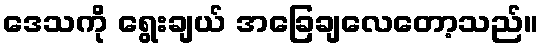
ဒေသကို ရွေးချယ် အခြေချလေတော့သည်။